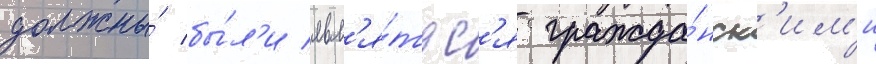
должны́ бы́л'и явл'я́тьс'я гражда́нск'им'и